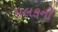
મલકની